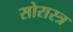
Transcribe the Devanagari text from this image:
सोरास्त्र